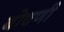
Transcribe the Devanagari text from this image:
बोवणी